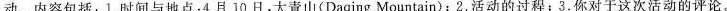
动。内容包括：1.时间与地点:4月 10 日,大青山(Daqing Mountain);2.活动的过程;3.你对于这次活动的评论。